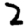
Digit: 2